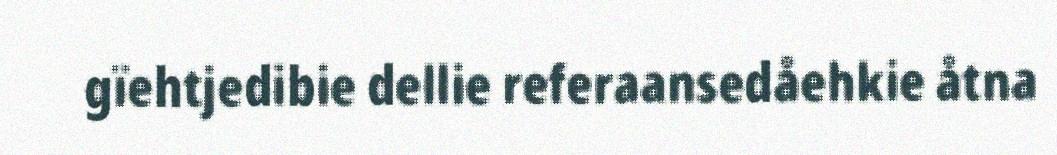
gïehtjedibie dellie referaansedåehkie åtna